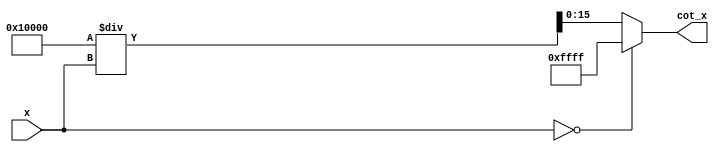
module cotangent (
    input [15:0] x,        // Input angle in radians (fixed-point format)
    output reg [15:0] cot_x // Output cotangent (fixed-point format)
);

// Fixed-point precision parameters
parameter PI_DIV_2 = 16'h0001; // /2 in fixed-point, adjust as necessary

// Internal signals
reg [15:0] tan_x;
reg [15:0] tan_x_reciprocal;

// Function to calculate tangent using a simple polynomial approximation
function [15:0] tangent;
    input [15:0] angle;
    begin
        // Simple tangent polynomial approximation (valid for small angles)
        // This is just a placeholder. A more accurate tangent function should be implemented.
        tangent = angle; // For small angle approximation tan(x)  x
    end
endfunction

// Main computation block
always @(*) begin
    // Calculate tangent of x
    tan_x = tangent(x);

    // Check for undefined cotangent (tan(x) == 0)
    if (tan_x == 0) begin
        cot_x = 16'hFFFF; // Set to a defined "infinity" value or some error code
    end else begin
        // Calculate reciprocal of tangent
        tan_x_reciprocal = (1 << 16) / tan_x; // Fixed-point reciprocal
        cot_x = tan_x_reciprocal;
    end
end

endmodule